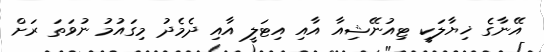
އޭނާގެ ޚިޔާލަކީ ޓިއުނޭޝިއާ އާއި އިޓަލީ އާއި ދެމެދު މިގައުމު ނުވަތަ ރަށް